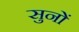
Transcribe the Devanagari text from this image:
सुनों